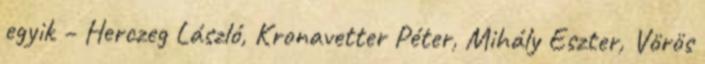
egyik – Herczeg László, Kronavetter Péter, Mihály Eszter, Vörös